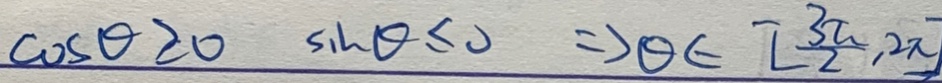
\cos \theta \geq 0 \sin \theta \leq 0 \Rightarrow \theta \in [ \frac { 3 \pi } { 2 } , 2 \pi ]